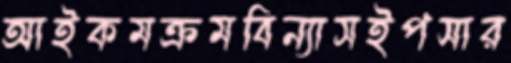
আইকমক্রমবিন্যাসইপসার